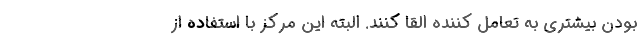
بودن بیشتری به تعامل کننده القا کنند. البته این مرکز با استفاده از